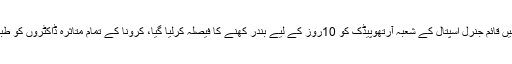
تفصلات کے مطابق لاہور میں قائم جنرل اسپتال کے شعبہ آرتھوپیڈک کو 10روز کے لیے بندر کھنے کا فیصلہ کرلیا گیا، کرونا کے تمام متاثرہ ڈاکٹروں کو طبی امداد فراہم کی جارہی ہے۔